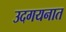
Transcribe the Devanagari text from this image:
उदगयनात